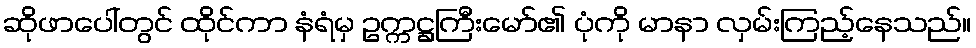
ဆိုဖာပေါ်တွင် ထိုင်ကာ နံရံမှ ဥက္ကဋ္ဌကြီးမော်၏ ပုံကို မာနာ လှမ်းကြည့်နေသည်။